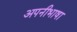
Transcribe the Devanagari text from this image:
अपनीभाषा